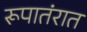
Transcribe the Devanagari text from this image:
रूपातंरात